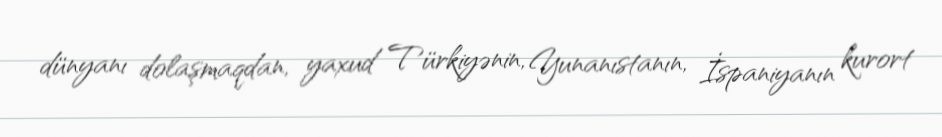
dünyanı dolaşmaqdan, yaxud Türkiyənin, Yunanıstanın, İspaniyanın kurort